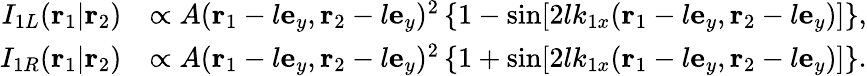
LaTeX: \begin{array}{rl}{I_{1L}(\mathbf{r}_{1}|\mathbf{r}_{2})}&{\propto A(\mathbf{r}_{1}-l\mathbf{e}_{y},\mathbf{r}_{2}-l\mathbf{e}_{y})^{2}\left\{ 1-\sin[2lk_{1x}(\mathbf{r}_{1}-l\mathbf{e}_{y},\mathbf{r}_{2}-l\mathbf{e}_{y})]\right\} ,}\\ {I_{1R}(\mathbf{r}_{1}|\mathbf{r}_{2})}&{\propto A(\mathbf{r}_{1}-l\mathbf{e}_{y},\mathbf{r}_{2}-l\mathbf{e}_{y})^{2}\left\{ 1+\sin[2lk_{1x}(\mathbf{r}_{1}-l\mathbf{e}_{y},\mathbf{r}_{2}-l\mathbf{e}_{y})]\right\} .}\end{array}